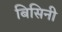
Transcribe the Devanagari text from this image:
बिसिनी